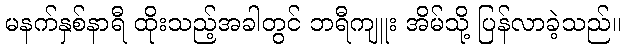
မနက်နှစ်နာရီ ထိုးသည့်အခါတွင် ဘရီကျူး အိမ်သို့ ပြန်လာခဲ့သည်။